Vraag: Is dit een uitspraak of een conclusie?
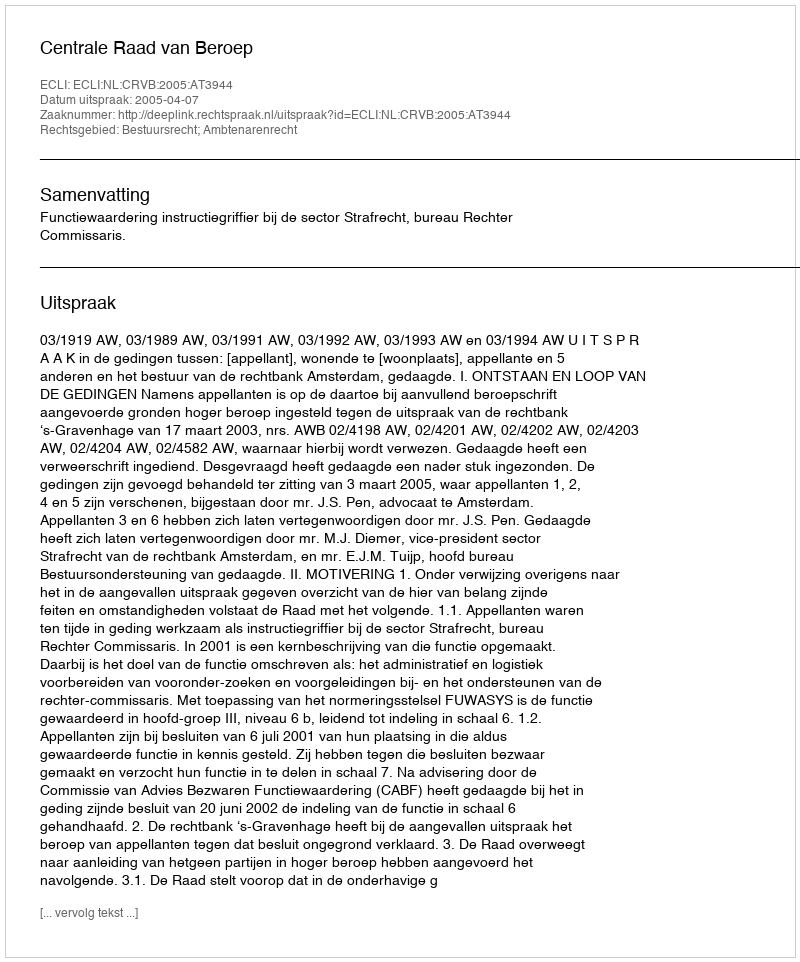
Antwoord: Uitspraak